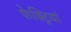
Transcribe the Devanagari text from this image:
फेक्ट्रियां